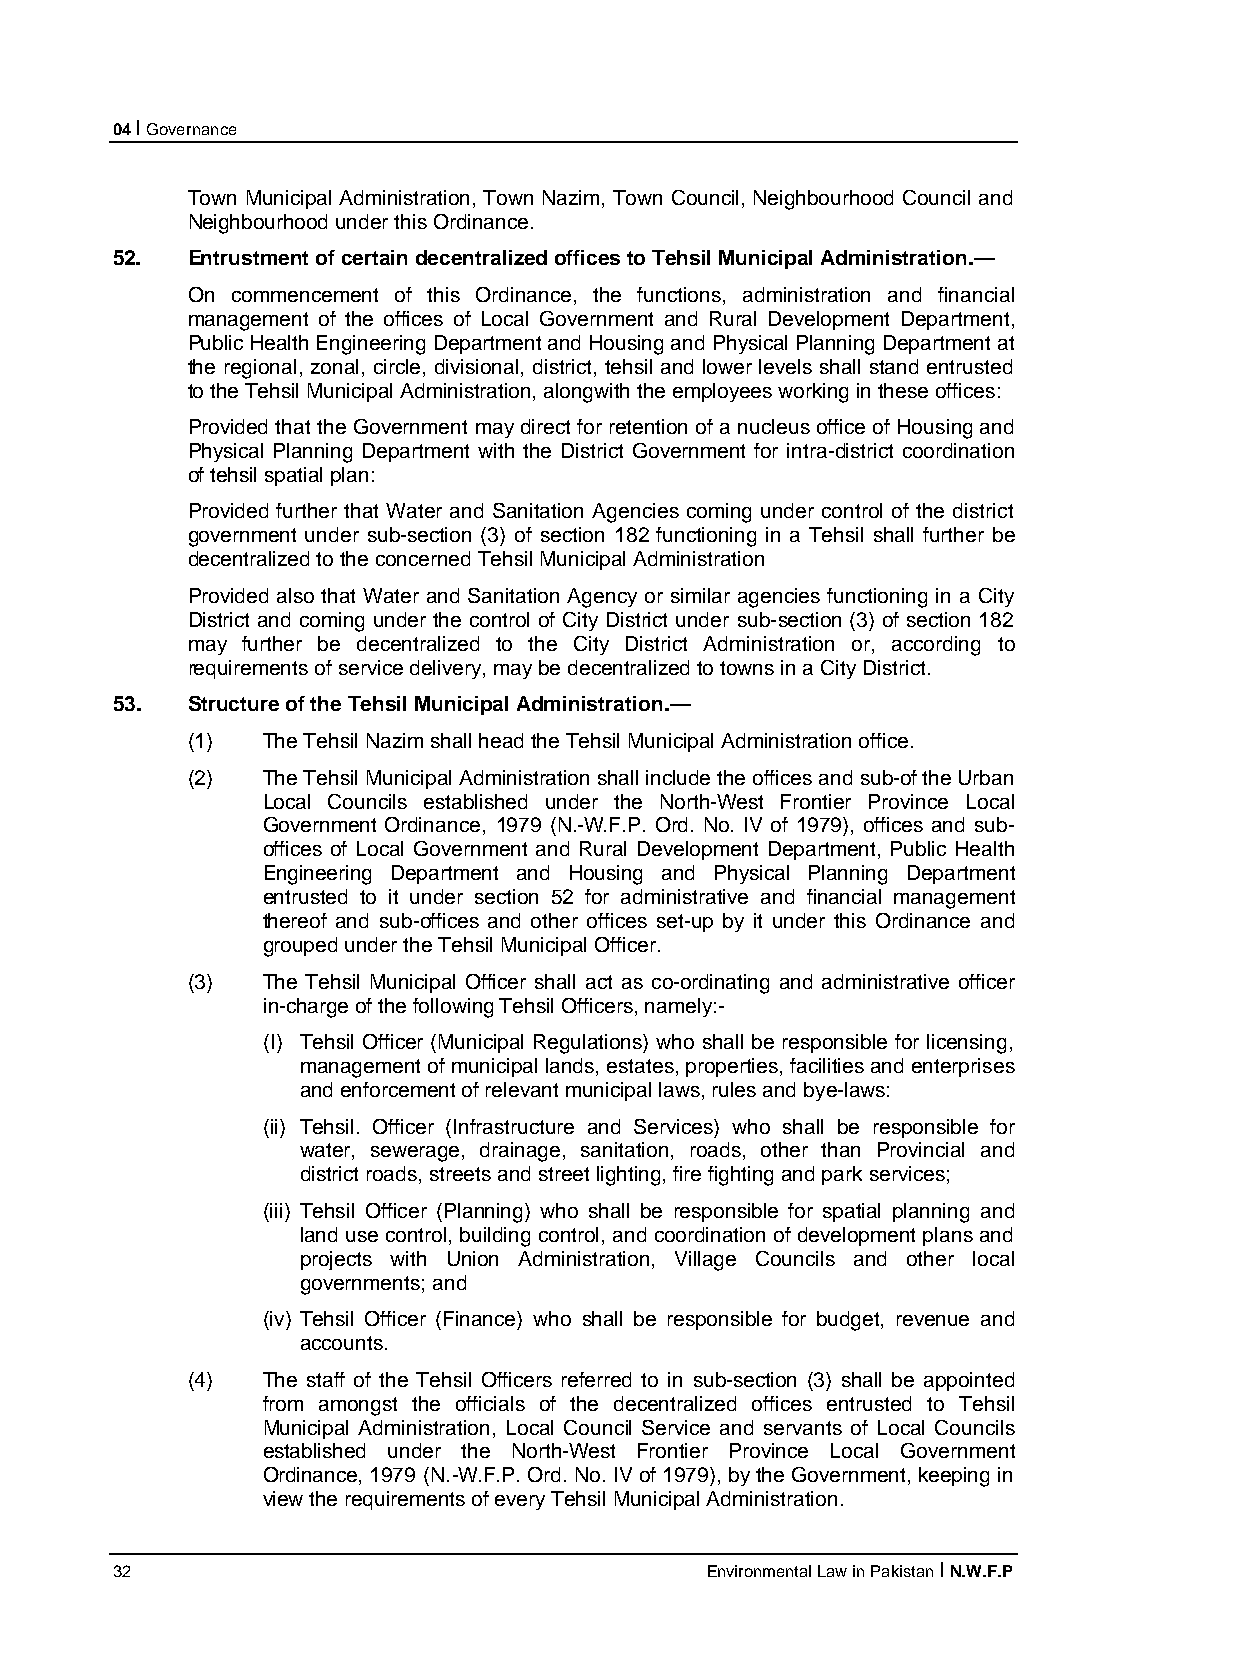
04 I Governance
 Town Municipal Administration, Town Nazim, Town Council, Neighbourhood Council and
 Neighbourhood under this Ordinance.
 52.  Entrustment of certain decentralized offices to Tehsil Municipal Administration.—
 On commencement of this Ordinance, the functions, administration and financial
 management of the offices of Local Government and Rural Development Department,
 Public Health Engineering Department and Housing and Physical Planning Department at
 the regional, zonal, circle, divisional, district, tehsil and lower levels shall stand entrusted
 to the Tehsil Municipal Administration, alongwith the employees working in these offices:
 Provided that the Government may direct for retention of a nucleus office of Housing and
 Physical Planning Department with the District Government for intra-district coordination
 of tehsil spatial plan:
 Provided further that Water and Sanitation Agencies coming under control of the district
 government under sub-section (3) of section 182 functioning in a Tehsil shall further be
 decentralized to the concerned Tehsil Municipal Administration
 Provided also that Water and Sanitation Agency or similar agencies functioning in a City
 District and coming under the control of City District under sub-section (3) of section 182
 may further be decentralized to the City District Administration or, according to
 requirements of service delivery, may be decentralized to towns in a City District.
 53.  Structure of the Tehsil Municipal Administration.—
 (1)  The Tehsil Nazim shall head the Tehsil Municipal Administration office.
 (2)  The Tehsil Municipal Administration shall include the offices and sub-of the Urban
 Local Councils established under the North-West Frontier Province Local
 Government Ordinance, 1979 (N.-W.F.P. Ord. No. IV of 1979), offices and sub-
 offices of Local Government and Rural Development Department, Public Health
 Engineering Department and Housing and Physical Planning Department
 entrusted to it under section 52 for administrative and financial management
 thereof and sub-offices and other offices set-up by it under this Ordinance and
 grouped under the Tehsil Municipal Officer.
 (3)  The Tehsil Municipal Officer shall act as co-ordinating and administrative officer
 in-charge of the following Tehsil Officers, namely:-
 (I) Tehsil Officer (Municipal Regulations) who shall be responsible for licensing,
 management of municipal lands, estates, properties, facilities and enterprises
 and enforcement of relevant municipal laws, rules and bye-laws:
 (ii) Tehsil. Officer (Infrastructure and Services) who shall be responsible for
 water, sewerage, drainage, sanitation, roads, other than Provincial and
 district roads, streets and street lighting, fire fighting and park services;
 (iii) Tehsil Officer (Planning) who shall be responsible for spatial planning and
 land use control, building control, and coordination of development plans and
 projects with Union Administration, Village Councils and other local
 governments; and
 (iv) Tehsil Officer (Finance) who shall be responsible for budget, revenue and
 accounts.
 (4)  The staff of the Tehsil Officers referred to in sub-section (3) shall be appointed
 from amongst the officials of the decentralized offices entrusted to Tehsil
 Municipal Administration, Local Council Service and servants of Local Councils
 established under the North-West Frontier Province Local Government
 Ordinance, 1979 (N.-W.F.P. Ord. No. IV of 1979), by the Government, keeping in
 view the requirements of every Tehsil Municipal Administration.
 32                                      Environmental Law in Pakistan I N.W.F.P